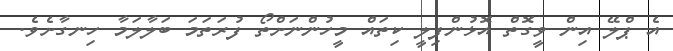
އެ ޕްލޭ އިން ވީގޮތް އޮޅުންފިލީ ކިތައް މީހުންނަށްތޯ ފުރަތަމަ ބަލާލަމާ ހިނގާށެވެ.